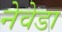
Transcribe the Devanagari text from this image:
नेवेडा